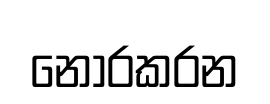
නොරකරන